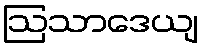
ဩသာဒေယျ